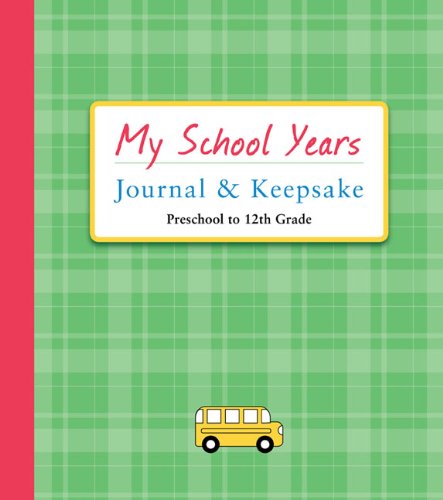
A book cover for My School Years Journal & Keepsake: Preschool to 12th Grade; Alex A. Lluch; Parenting & Relationships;